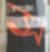
স